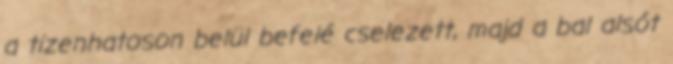
a tizenhatoson belül befelé cselezett, majd a bal alsót